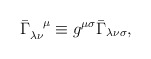
\begin{align*}\bar{\Gamma}_{\lambda\nu}^{\;\;\;\;\mu} \equiv g^{\mu\sigma}\bar{\Gamma}_{\lambda\nu\sigma} ,\end{align*}